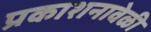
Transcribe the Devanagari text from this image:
प्रकाशनावेळी